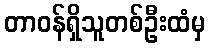
တာဝန်ရှိသူတစ်ဦးထံမှ